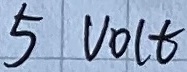
Text: 5VOLT